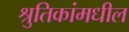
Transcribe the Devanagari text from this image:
श्रुतिकांमधील